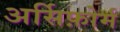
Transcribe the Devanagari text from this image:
अर्सिफ़ोर्म